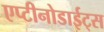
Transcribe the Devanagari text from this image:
एप्टीनोडाईट्स